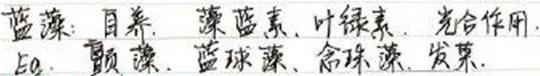
蓝藻：自养，藻蓝素，叶绿素，光合作用，
如：颤藻，蓝球藻，念珠藻，发菜。